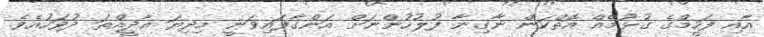
އާއި ފަހީމްގެ ގުޅުމެއް އޮތްކަން ނާގިނާ ފުލުހުންނަށް އަންގާފައިވަނީ މިދިޔަ އާދީއްތަ ދުވަހުއެވެ.